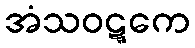
အံသဝဋ္ဋကေ